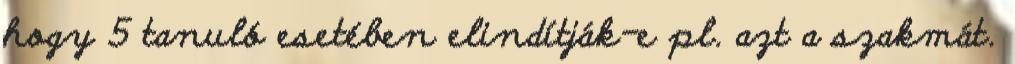
hogy 5 tanuló esetében elindítják-e pl. azt a szakmát.